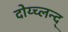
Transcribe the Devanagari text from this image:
दोय्च्लन्द्